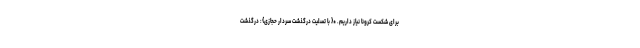
برای شکست کرونا نیاز داریم. *{ با تسلیت درگذشت سردار حجازی}: درگذشت